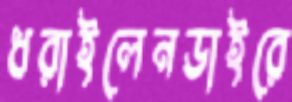
ধরাইলেনডাইরে